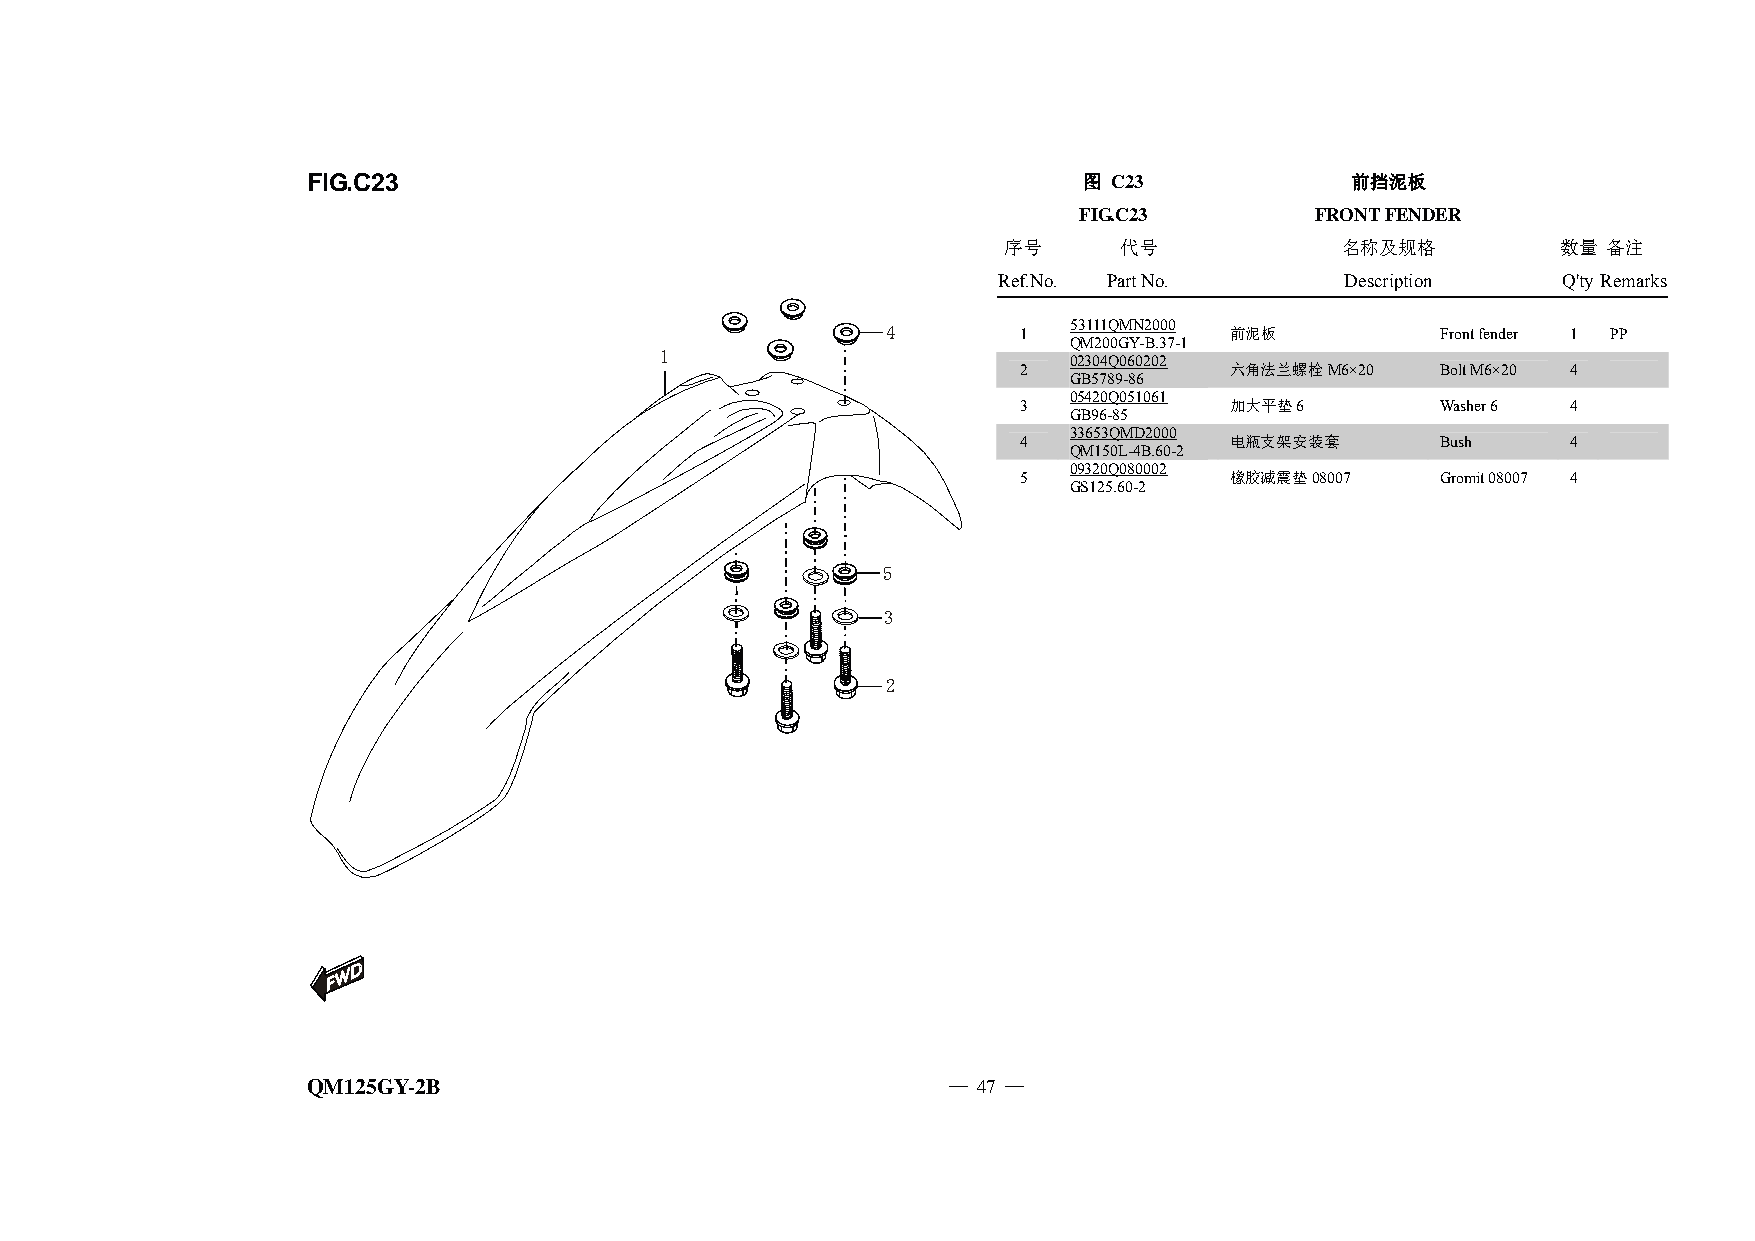
FIG.C23                                             图 C23            前挡泥板
 FIG.C23         FRONT FENDER
 序号      代号             名称及规格         数量 备注
 Ref.No. Part No.       Description   Q'ty Remarks
 4       1   53111QMN2000 前泥板        Front fender 1 PP
 QM200GY-B.37-1
 1
 02304Q060202
 2             六角法兰螺栓M6×20   Bolt M6×20 4
 GB5789-86
 05420Q051061
 3             加大平垫6         Washer 6 4
 GB96-85
 33653QMD2000
 4             电瓶支架安装套       Bush     4
 QM150L-4B.60-2
 09320Q080002
 5             橡胶减震垫08007    Gromit 08007 4
 GS125.60-2
 5
 3
 2
 QM125GY-2B                                 — 47 —